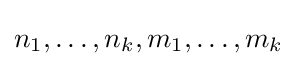
n_{1},\dots ,n_{k},m_{1},\dots ,m_{k}